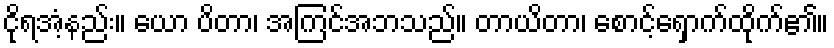
ငိုရအံ့နည်း။ ယော ပိတာ၊ အကြင်အဘသည်။ တာယိတာ၊ စောင့်ရှောက်ထိုက်၏။